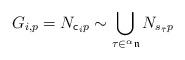
LaTeX: \begin{align*}G_{i,p}=N_{{\sf c}_{i}p}\sim \bigcup_{{\tau}\in {}^{\alpha}\mathfrak{n}} N_{s_{\bar{\tau}}p}\end{align*}